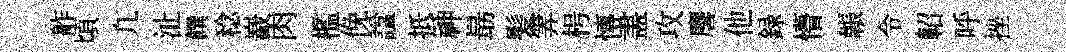
舴頃凢沚饌稔嶻肉檻俛諡抵神朂髪筭枵慱𥁞攻麐他録懵韔令軺呼挫